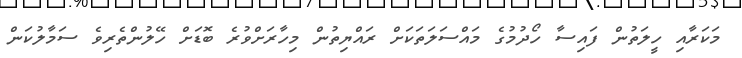
މަކަރާއި ހީލަތުން ފައިސާ ހޯދުމުގެ މައްސަލަތަކަށް ރައްޔިތުން މިހާރަށްވުރެ ބޮޑަށް ހޭލުންތެރިވެ ސަމާލުކަން